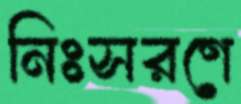
নিঃসরণে